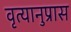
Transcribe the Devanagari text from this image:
वृत्यानुप्रास